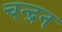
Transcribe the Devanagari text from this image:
चन्‍द्रन